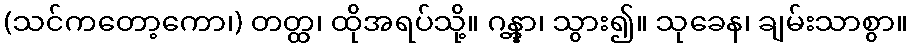
(သင်ကတော့ကော၊) တတ္ထ၊ ထိုအရပ်သို့။ ဂန္တွာ၊ သွား၍။ သုခေန၊ ချမ်းသာစွာ။